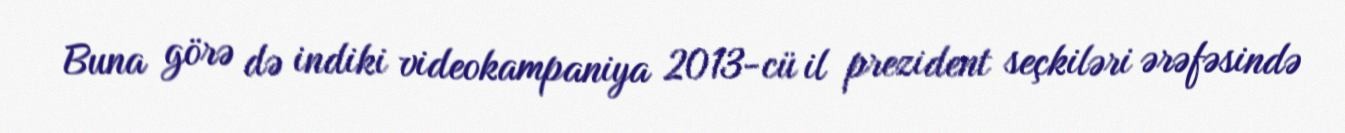
Buna görə də indiki videokampaniya 2013-cü il prezident seçkiləri ərəfəsində